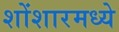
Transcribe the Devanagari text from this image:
शोंशारमध्ये